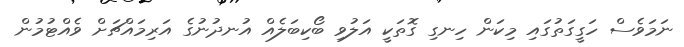
ނަމަވެސް ހަގީގަތުގައި މިކަން ހިނގި ގޮތަކީ އަލުވި ބޯކިބަލެއް އުނދުނުގެ އަރިމައްޗަށް ވެއްޓުމުން